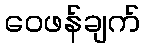
ဝေဖန်ချက်